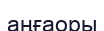
аңғаоры